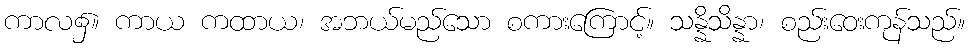
ကာလ၌။ ကာယ ကထာယ၊ အဘယ်မည်သော စကားကြောင့်။ သန္နိသိန္နာ၊ စည်းဝေးကုန်သည်။